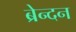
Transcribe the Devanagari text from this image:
ब्रेन्दन